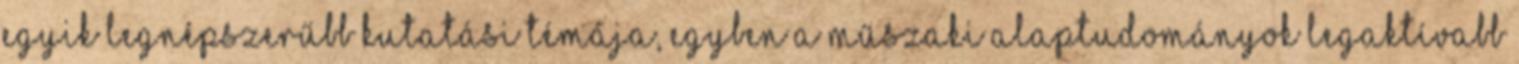
egyik legnépszerűbb kutatási témája, egyben a műszaki alaptudományok legaktívabb